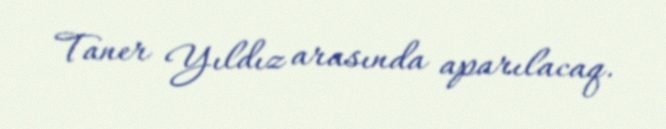
Taner Yıldız arasında aparılacaq.